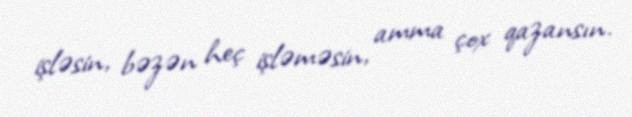
işləsin, bəzən heç işləməsin, amma çox qazansın.